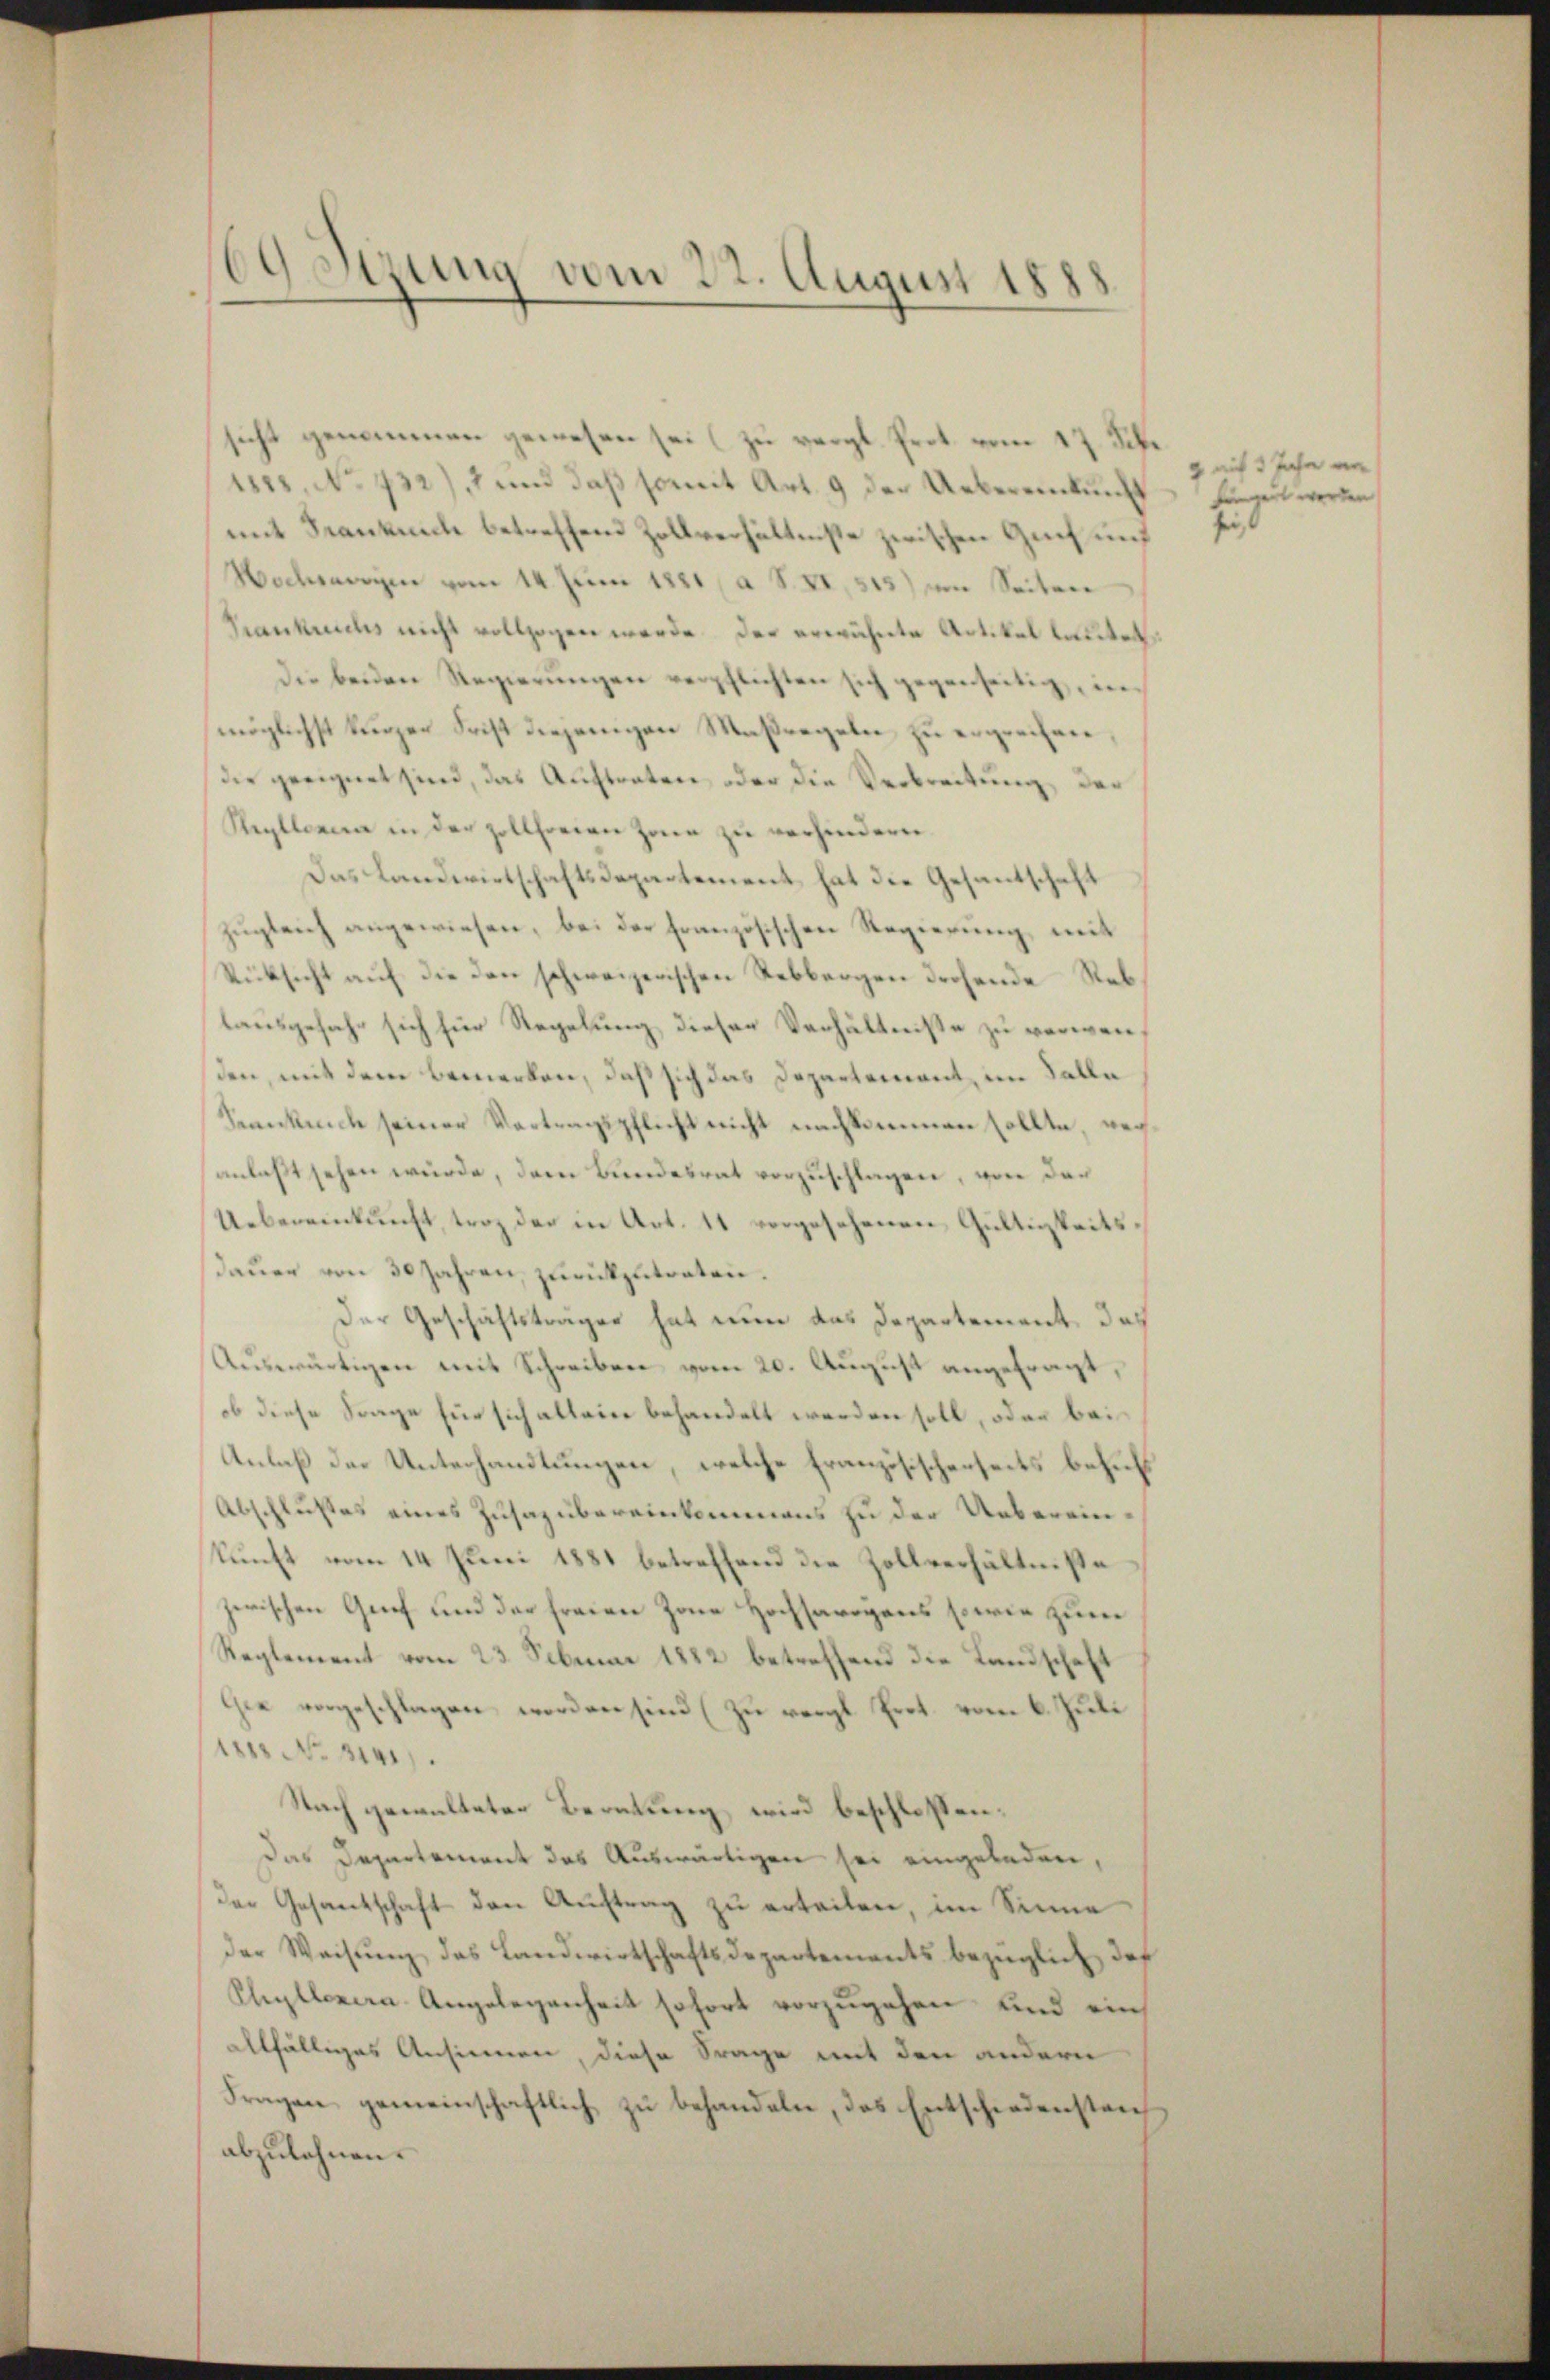
69 Stzung vom 22. August 1888

sicht genommen gewesen sei (zu vergl. Prot. vom 17. Sekr
1818. No 732), 7 und daß somit Art. 9 der Uebereinkunft
mit Frankuche betreffend Zollverhältniße zwischen Gut und
Wochenweine vom 14. Juni 1881 a S. XI, 513) von Seitere
Franklichs nicht vollzogen werde. Der erwähnte Artikel lautet
Die beiden Regierungen verpflichten sich gegenseitig, in
möglichst kurzer Frist diejenigen Maßregeln zu ergrechen,
die geeignet sind, das Auftraten, oder die Verbreitung der
Reyllonen in der zollfreien Zone zu verhindern.
Das Landwirtschaftsdepartement hat die Gesantschaft
zugleich angewiesen, bei der französischen Regierung, mit
Rücksicht auf die den schweizerischen Rebbergen drohende Reblausgefahr sich für Regelung dieser Verhältnisse zu verwenden, mit dem bemerken, daß sich das Departement, im Falle
Kanklich seiner Vertragspflicht nicht nachkommen sollte, wer
anlaßt sehen würde, dem Bundesrat vorzuschlagen, von der
Uebereinkunft, trotz der in Art. 11 vorgesehenen Gültigkeitsdauer von 30 Jahren, zurückzutratie.
Der Geschäftsträger hat nun das Departement, das
Auswärtigen mit Schreiben vom 20. August angefragt,
ob diese Frage für sich allein behandelt werden soll, oder bei
Anlaß der Unterhandlungen, welche französischenseits behuf
schlußes eines Zusazübereinkommens zu der Uebereinkunft vom 14 Juni 1881 betreffend die Zollverhältniße
zwischen Genf und der freien Zone Hochsarogens so wie zum
Reglement vom 23. Februar 1882 betreffend die Landschaft
ie vorgeschlagen worden sind (zu vergl. Prot. vom 6. Js.
11 No 114.
Nach gewalteter Beratung wird beschlossen:
Das Departement des Auswärtigen sei eingeladen,
der Gesandschaft den Auftrag zu erteilen, im Sinne
der Weisŭng des Landwirtschaftsdepartements bezüglich, das
Pleillenera Angelegenheit sofort vorzugehen und ein
allfälliges Ansinnen, diese Frage mit den andern
Fragen gemeinschaftlich zu behandeln, das Entschiedensten
abzulehnen.

g mit 3 Jahr ein
füngert werden

f